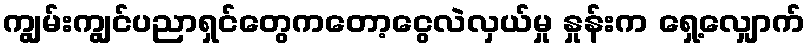
ကျွမ်းကျွင်ပညာရှင်တွေကတော့ငွေလဲလှယ်မှု နှုန်းက ရှေ့လျှောက်